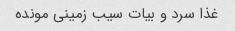
غذا سرد و بیات سیب زمینی مونده